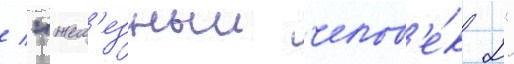
/ "жел'езныи челов'е́к 2"